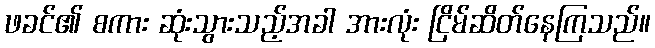
ဖခင်၏ စကား ဆုံးသွားသည့်အခါ အားလုံး ငြိမ်ဆိတ်နေကြသည်။